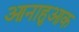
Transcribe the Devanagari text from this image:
आनाहुआक